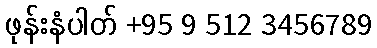
ဖုန်းနံပါတ် +95 9 512 3456789